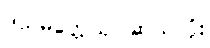
ဒသမတ္တေသု၊ ဆယ်လုံး